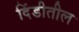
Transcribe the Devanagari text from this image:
दिंडीतील